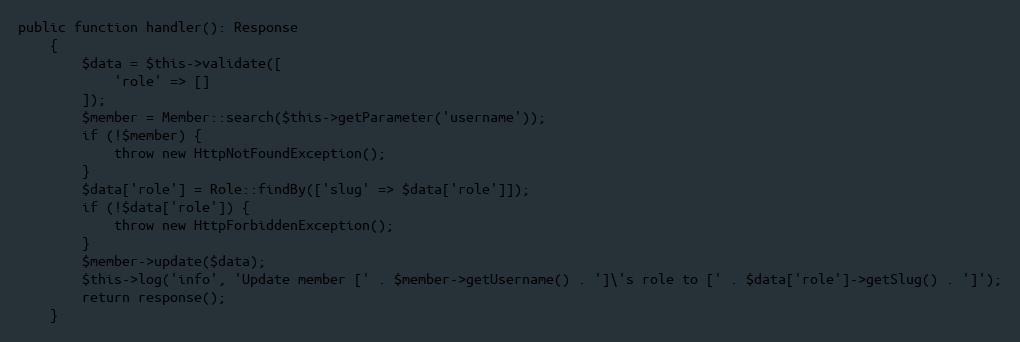
Language: PHP
public function handler(): Response
    {
        $data = $this->validate([
            'role' => []
        ]);
        $member = Member::search($this->getParameter('username'));
        if (!$member) {
            throw new HttpNotFoundException();
        }
        $data['role'] = Role::findBy(['slug' => $data['role']]);
        if (!$data['role']) {
            throw new HttpForbiddenException();
        }
        $member->update($data);
        $this->log('info', 'Update member [' . $member->getUsername() . ']\'s role to [' . $data['role']->getSlug() . ']');
        return response();
    }